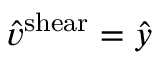
\hat { v } ^ { \mathrm { s h e a r } } = \hat { y }